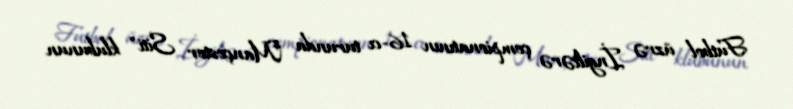
Futbol üzrə İngiltərə çempionatının 16-cı turunda "Mançester Siti" klubunun